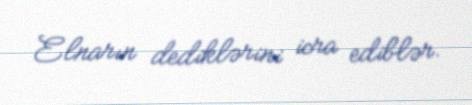
Elnarın dediklərini icra ediblər.